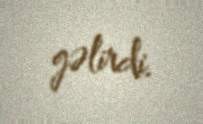
gəlirdi.